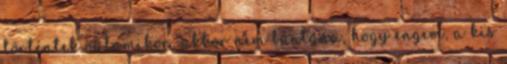
történtek valamikor, akkor nem bántana, hogy engem, a kis